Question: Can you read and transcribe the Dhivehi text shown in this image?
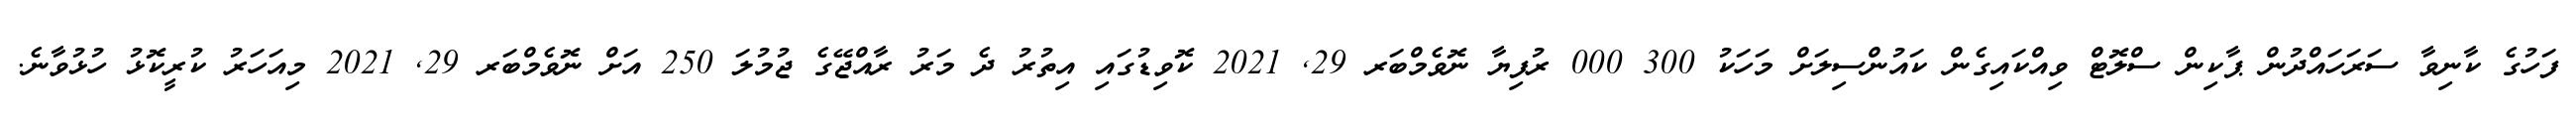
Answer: ފަހުގެ ކާނިވާ ސަރަހައްދުން ޕާކިން ސްލޮޓް ވިއްކައިގެން ކައުންސިލަށް މަހަކު 300 000 ރުފިޔާ ނޮވެމްބަރ 29, 2021 ކޮވިޑުގައި އިތުރު ދެ މަރު ރާއްޖޭގެ ޖުމުލަ 250 އަށް ނޮވެމްބަރ 29, 2021 މިއަހަރު ކުރީކޮޅު ހުޅުވާނެ.